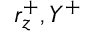
r _ { z } ^ { + } , Y ^ { + }